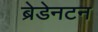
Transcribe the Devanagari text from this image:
ब्रेडेनटन